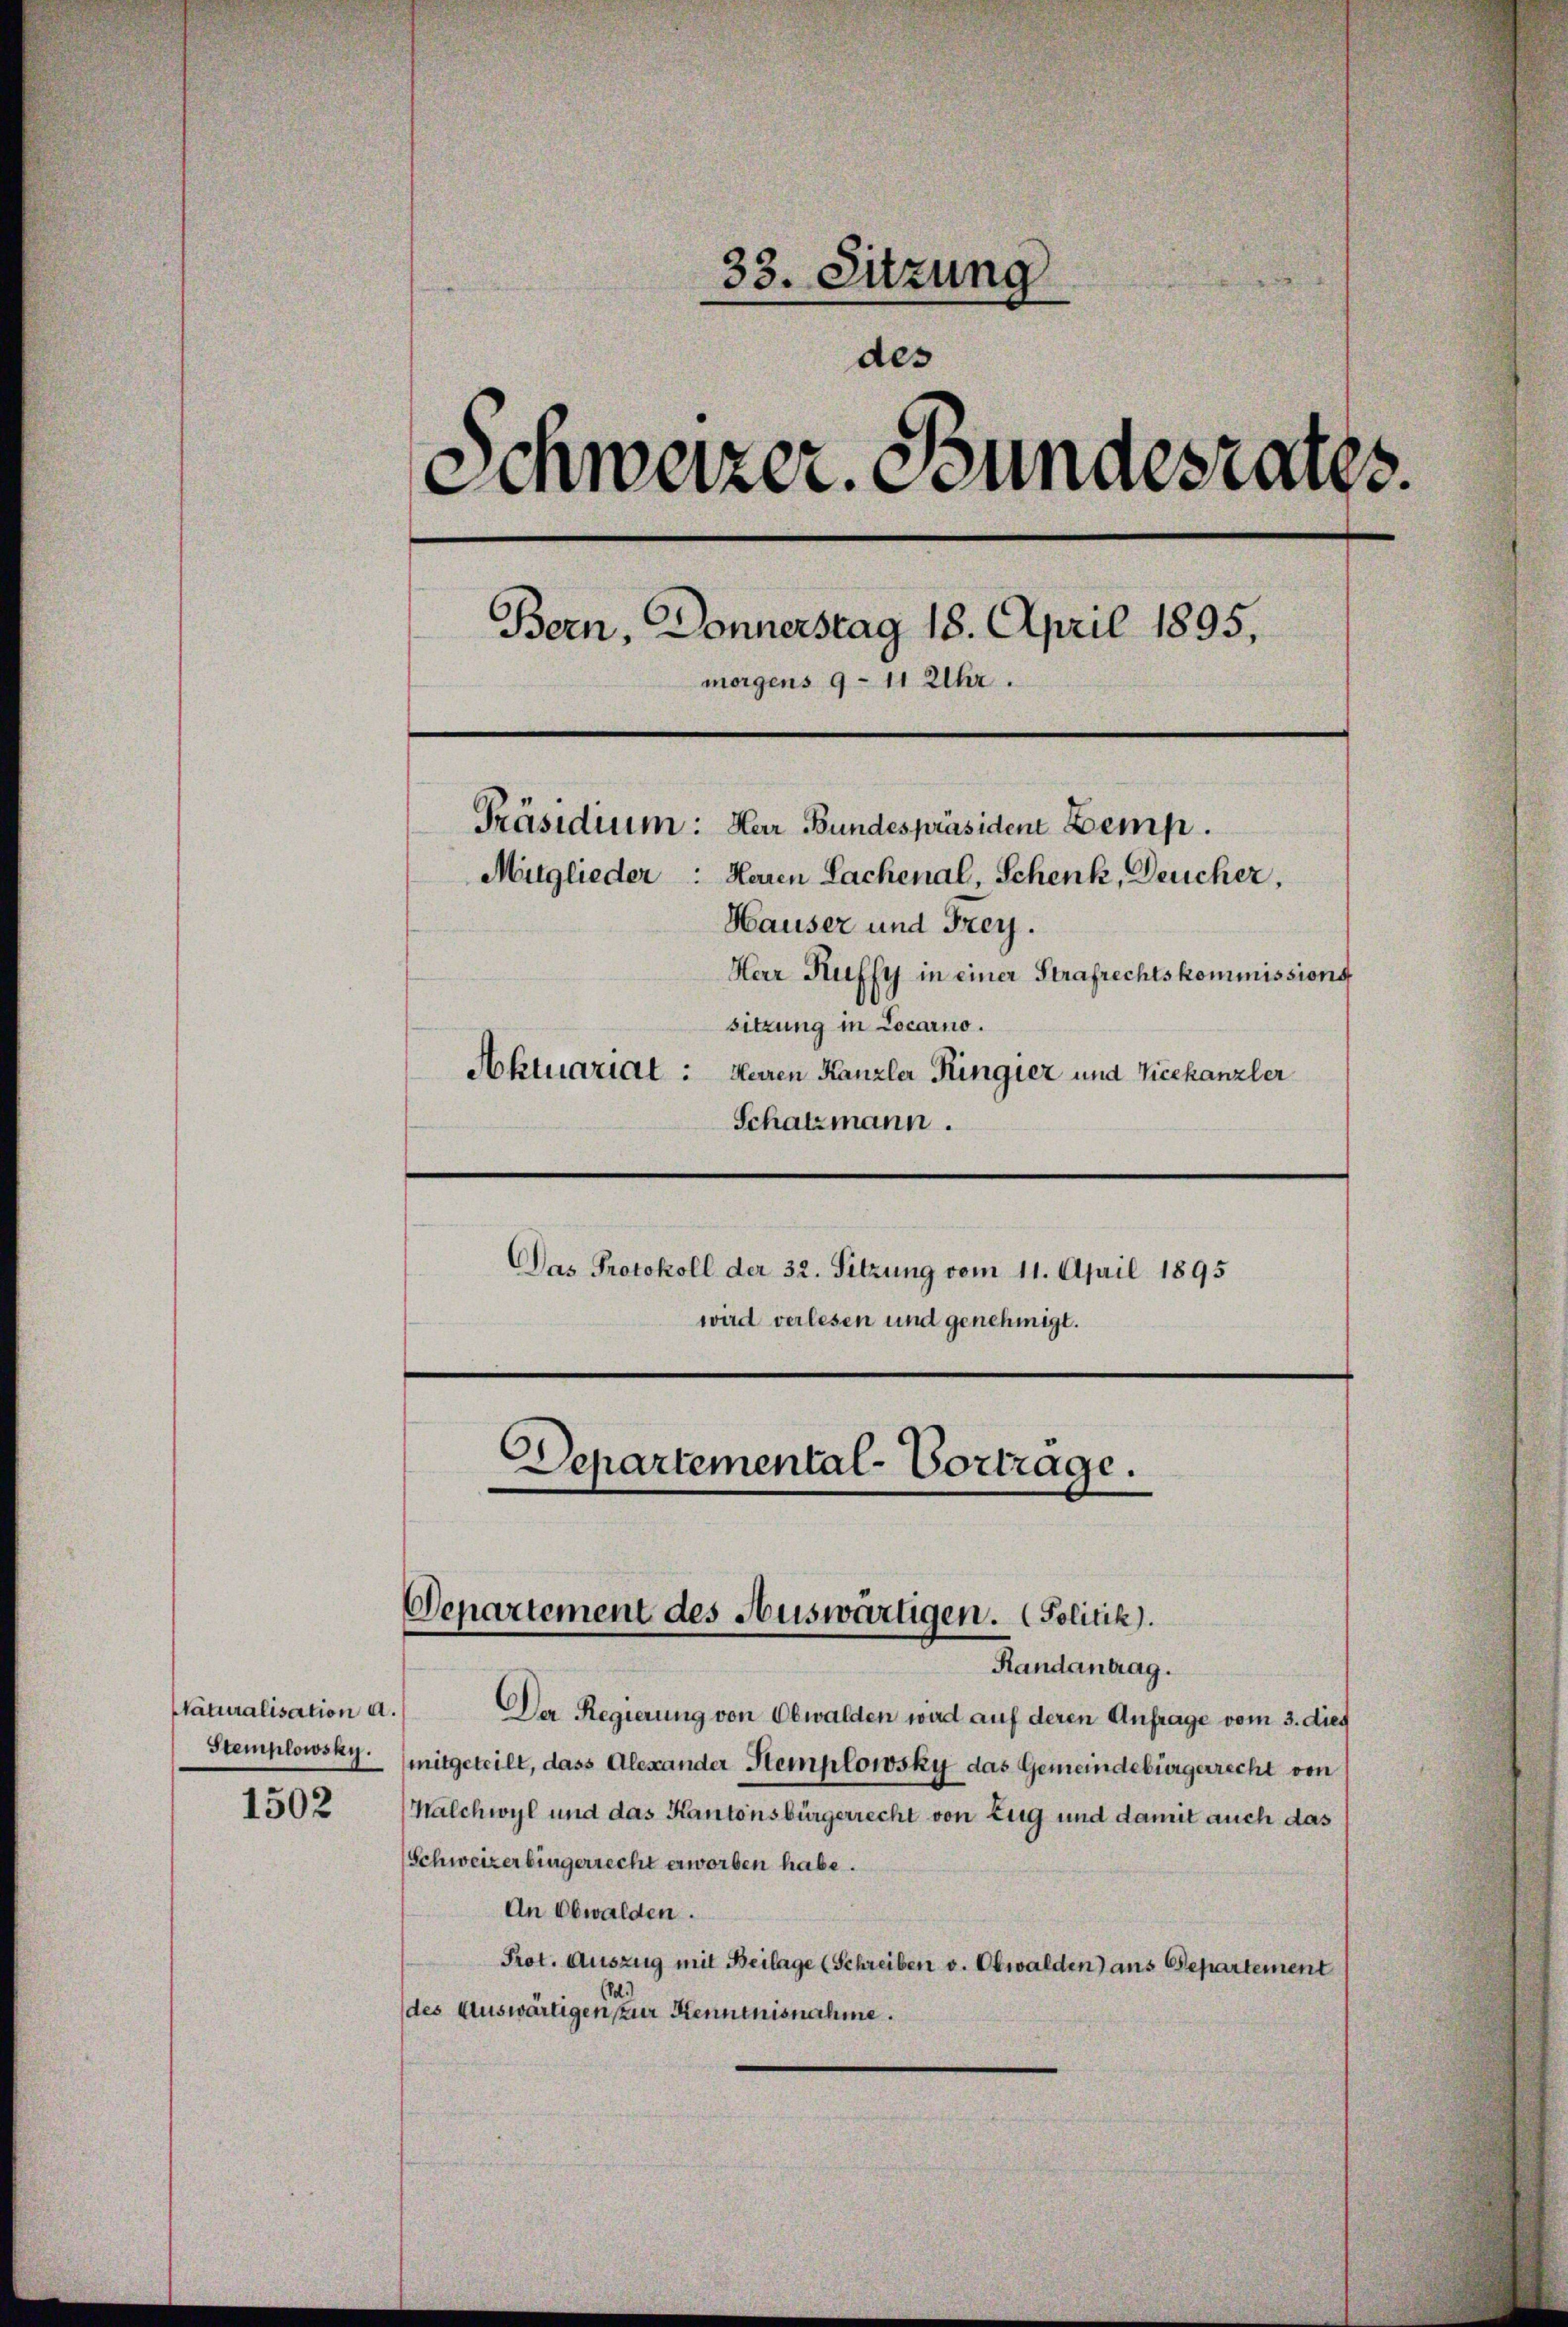
33. Sitzung
des
Schweizer. Bundesrates.
Bern, Donnerstag 18. April 1895,
morgens 9 - 11 Uhr.
Präsidium: Herr Bundespräsident Zemp.
Mitglieder: Heren Lachenal, Schenk, Deucher,
Hauser und Frey.
Herr Ruffy in einer Strafrechtskommissions
sitzung in Locarno.
Aktuariat: Herren Kanzler Ringier und Vicekanzler
Schatzmann.

Naturalisation d.
Stemplowsky.
1502

Das Protokoll der 32. Sitzung vom 11. April 1895
wird verlesen und genehmigt.

Departemental-Vortrage.
Departement des Auswärtigen. (Politik).

Randantrag.
Der Regierung von Obwalden wird auf deren Anfrage vom 3. dies
mitgeteilt, dass Alexander Stemplowsky das Gemeindebürgerrecht von
Malchwyl und das Kantonsbürgerrecht von Zug und damit auch das
Schweizerbingerrecht erworben habe.
An Obwalden.
Prot. Auszug mit Beilage (Schreiben v. Obwalden) aus Departement
(des Auswärtigen seiner Kenntnisnahme.